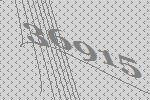
36915